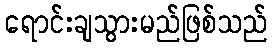
ရောင်းချသွားမည်ဖြစ်သည်